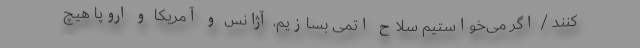
کنند / اگر می‌خواستیم سلاح اتمی بسازیم، آژانس و آمریکا و اروپا هیچ